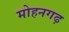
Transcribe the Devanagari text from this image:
मोहनगढ़